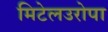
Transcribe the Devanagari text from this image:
मिटेलउरोपा